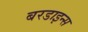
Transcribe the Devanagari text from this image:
बरडाइन्स